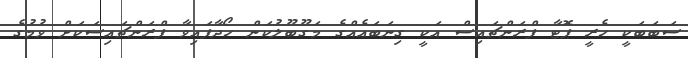
ސަބަބަކީ ހެރީ ޕޮޓާ ފްރަންޗައިސް އަކީ ގިނަބައެއްގެ މަގޫބޫލުކަން ހޯދާފައިވާ ފްރަންޗައިސަކަށް ވުމުގެ